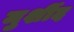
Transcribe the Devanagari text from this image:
मुर्शीद